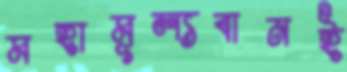
মহামূল্যবানই